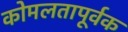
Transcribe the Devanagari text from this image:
कोमलतापूर्वक